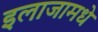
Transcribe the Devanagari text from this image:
इलाजामधे